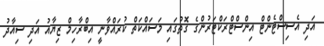
އަދި އެސިސްޓެންޓް އިންސްޓްރަކްޓަރުންގެ ގޮތުގައި މަސައްކަތް ކުރައްވާނީ އިބްރާހިމް ޒިޔާއު އަދި ސިއާދު